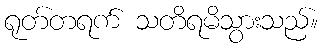
ရုတ်တရက် သတိရမိသွားသည်။